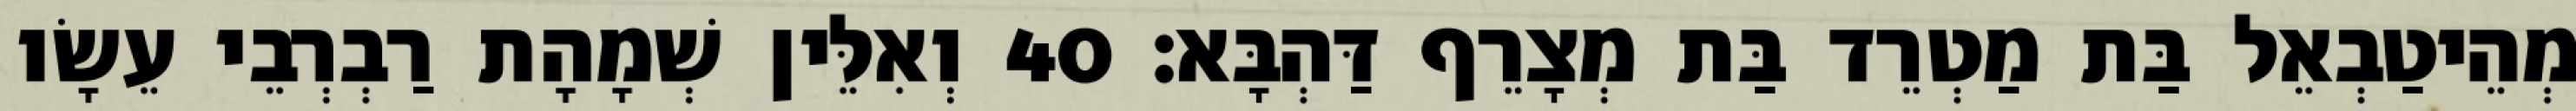
מְהֵיטַבְאֵל בַּת מַטְרֵד בַּת מְצָרֵף דַּהְבָּא׃ 40 וְאִלֵּין שְׁמָהָת רַבְרְבֵי עֵשָׂו